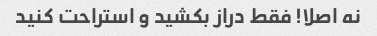
نه اصلا! فقط دراز بکشید و استراحت کنید